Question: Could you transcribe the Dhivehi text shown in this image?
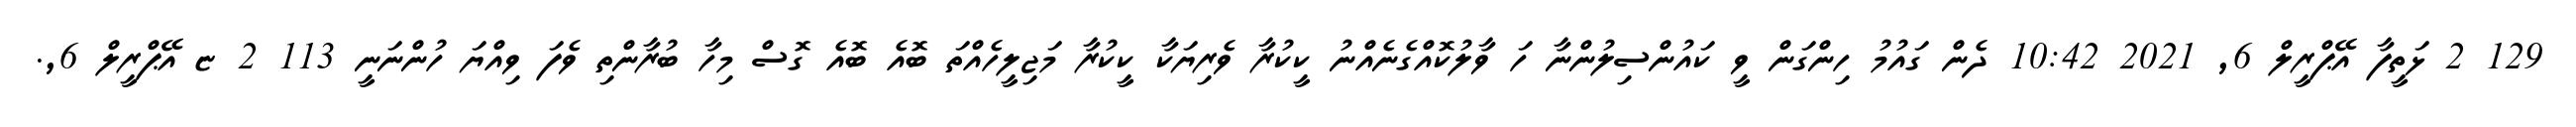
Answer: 129 2 ޅަތީފާ އޭޕްރީލް 6, 2021 10:42 ދެން ގައުމު ހިންގަން ވީ ކައުންސިލުންނާ ހަ ވާލުކޮއްގެނެއްނު ކީކުރާ ވެރިޔަކާ ކީކުރާ މަޖިލީހެއްތަ ބޮއެ ބޮއެ ގޮސް މިހާ ބުރާންތި ވެފަ ވިއްޔަ ހުންނަނީ 113 2 ޏ އޭޕްރީލް 6,.